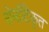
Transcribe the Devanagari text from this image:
रोमांटिकृत